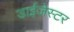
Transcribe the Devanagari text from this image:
डाईजेस्टर